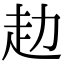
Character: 赲